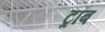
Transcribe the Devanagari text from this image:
ट्रॉब